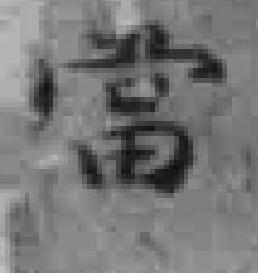
當